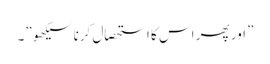
” اور پھر اس کا استحصال کرنا سیکھو”۔